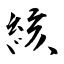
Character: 絯